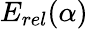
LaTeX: E_{rel}(\alpha)